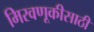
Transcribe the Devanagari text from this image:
मिरवणूकीसाठी